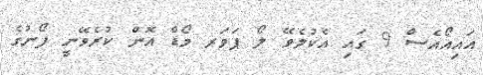
އައިއޯއެސް 9 ގައި އެކުލެވޭ ލޯ ޕަވަރ މޯޑް އޮން ކުރެވޭނީ ފޯނުގެ